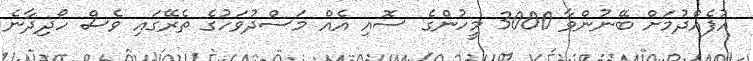
އުފެއްދުމަށް ބޭނުންވާ 3000 މީހުންގެ ސޮއި އެއް މަސްދުވަހުގެ ތެރޭގައި ވެސް ހޯދިދާނެ